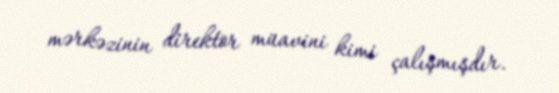
mərkəzinin direktor müavini kimi çalışmışdır.